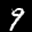
Label: 9